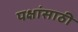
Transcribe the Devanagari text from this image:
पक्षांसाठी